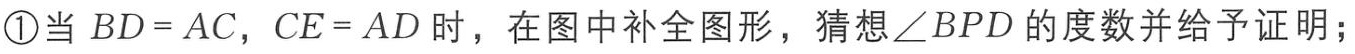
\textcircled{1}当 \(BD = AC\)，\(CE = AD\) 时，在图中补全图形，猜想 \(\angle BPD\) 的度数并给予证明；